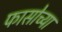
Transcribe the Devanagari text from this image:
फासोच्या